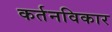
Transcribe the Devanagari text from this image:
कर्तनविकार